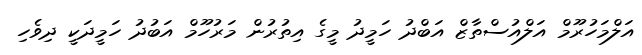
އަލްމަހުރޫމް އަލްއުސްތާޒް އަބްދު ހަމީދު މީގެ އިތުުރުން މަރުހޫމް އަބުދު ހަމީދަކީ ދިވެހި